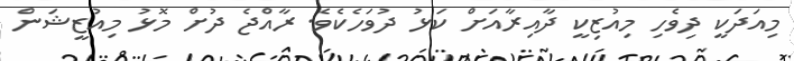
މިއަދަކީ ދިވެހި މިއުޒިކީ ދާއިރާއަށް ކަޅު ދުވަހެކެވެ. ރާއްޖެ ދުށް މޮޅު މިއުޒީޝަން